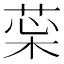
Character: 𦲜